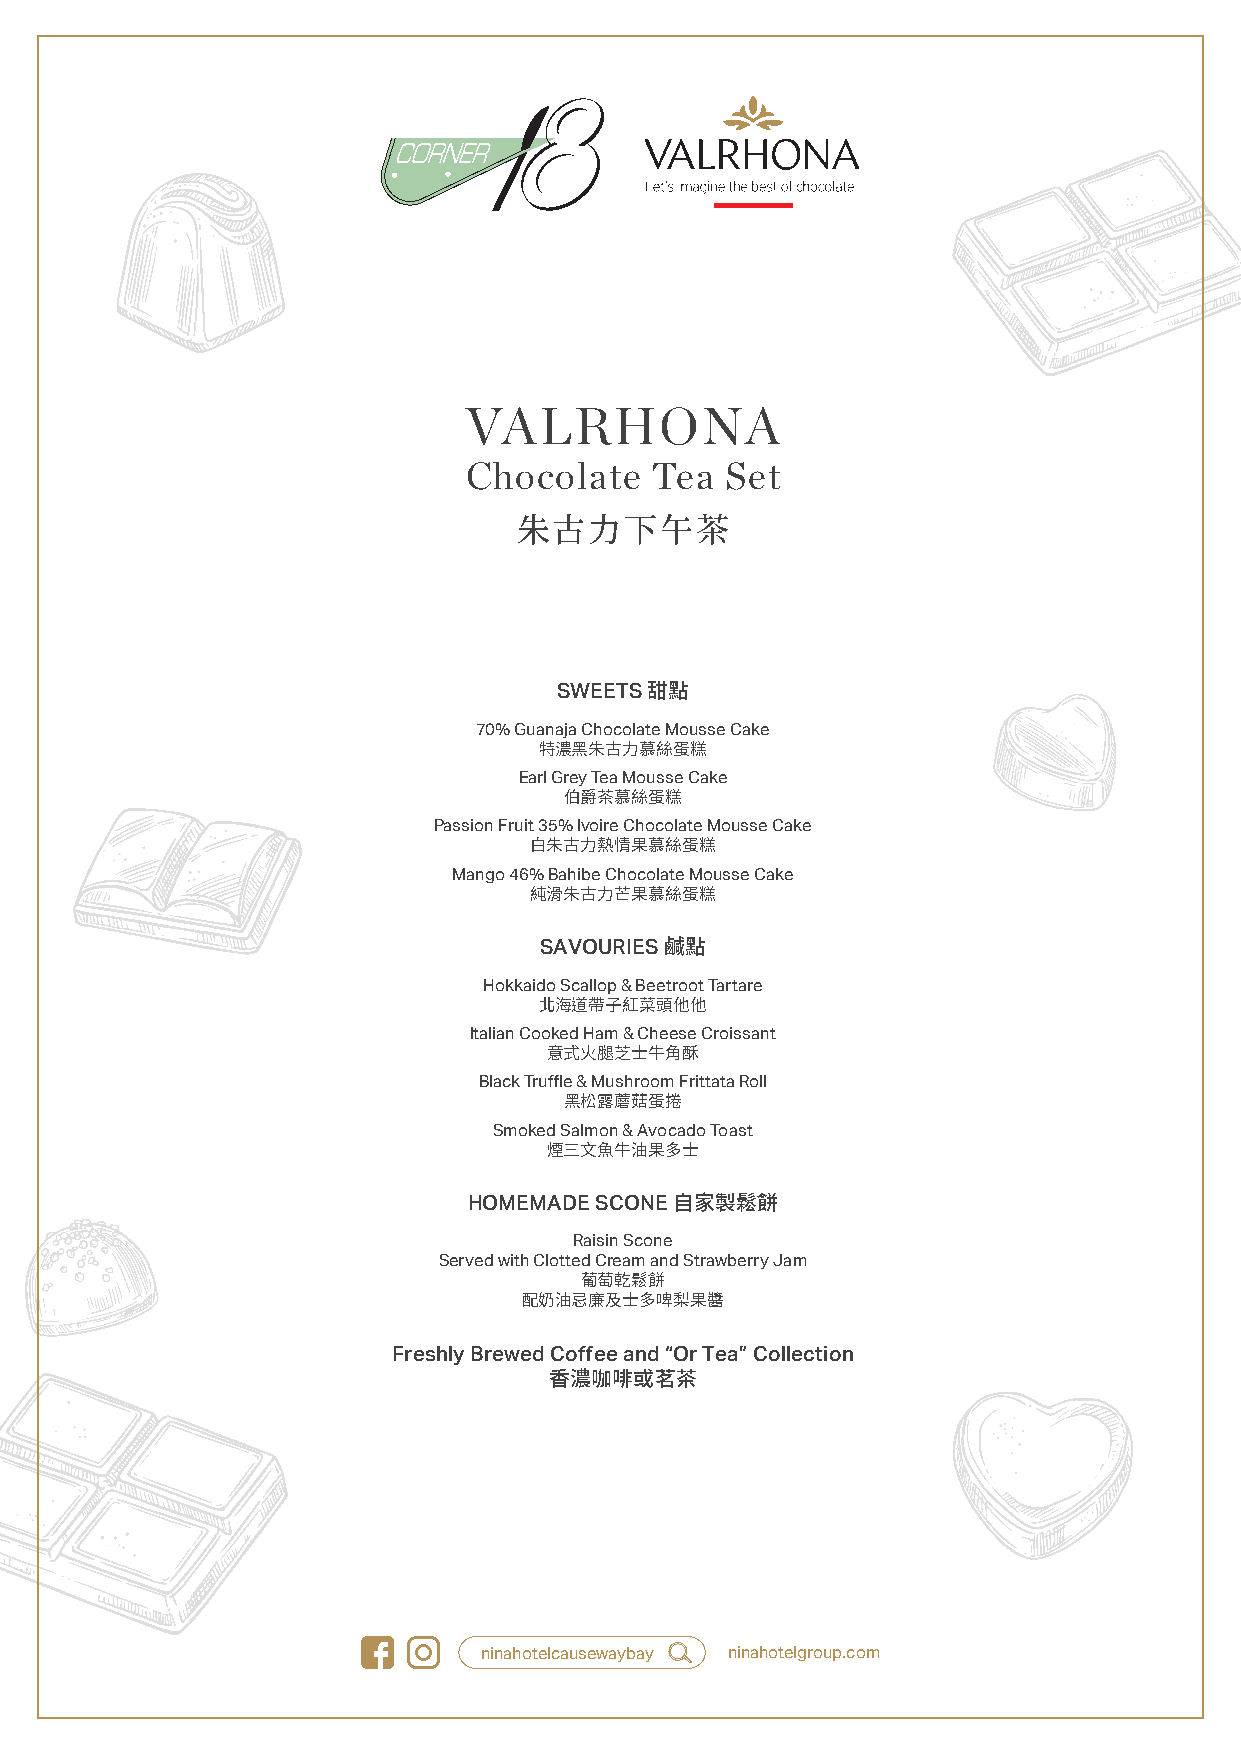
VALRHONA
 Chocolate   Tea  Set
 朱古力下午茶
 SWEETS
 甜點
 70% Guanaja Chocolate Mousse Cake
 特濃黑朱古力慕絲蛋糕
 Earl Grey Tea Mousse Cake
 伯爵茶慕絲蛋糕
 Passion Fruit 35% Ivoire Chocolate Mousse Cake
 白朱古力熱情果慕絲蛋糕
 Mango 46% Bahibe Chocolate Mousse Cake
 純滑朱古力芒果慕絲蛋糕
 SAVOURIES
 鹹點
 Hokkaido Scallop & Beetroot Tartare
 北海道帶子紅菜頭他他
 Italian Cooked Ham & Cheese Croissant
 意式火腿芝士牛角酥
 Black Truffle & Mushroom Frittata Roll
 黑松露蘑菇蛋捲
 Smoked Salmon & Avocado Toast
 煙三文魚牛油果多士
 HOMEMADE SCONE
 自家製鬆餅
 Raisin Scone
 Served with Clotted Cream and Strawberry Jam
 葡萄乾鬆餅
 配奶油忌廉及士多啤梨果醬
 Freshly Brewed Coffee and “Or Tea” Collection
 香濃咖啡或茗茶
 ninahotelcausewaybay ninahotelgroup.com